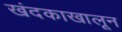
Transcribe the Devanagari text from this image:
खंदकाखालून